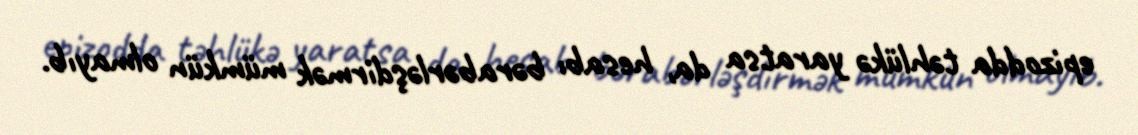
epizodda təhlükə yaratsa da, hesabı bərabərləşdirmək mümkün olmayıb.